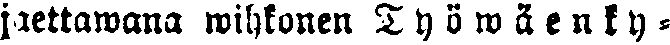
jaettawana wihkonen T y ö w ä e n k y -